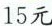
15元